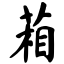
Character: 葙